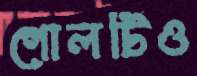
গোলটিও